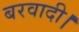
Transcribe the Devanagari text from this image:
बरवादी।